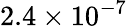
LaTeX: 2.4\times 10^{-7}